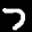
Label: 7